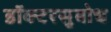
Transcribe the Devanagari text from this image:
डॉक्टरसुबोध